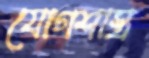
যোগশাস্ত্র